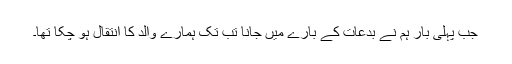
جب پہلی بار ہم نے بدعات کے بارے میں جانا تب تک ہمارے والد کا انتقال ہو چکا تھا۔